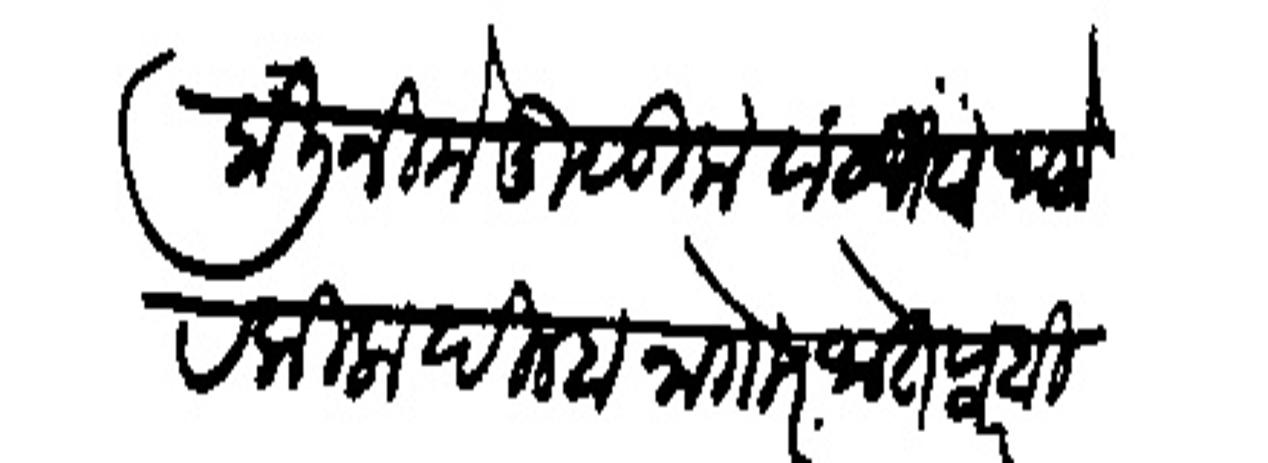
Transliteration (Devanagari): केली निमे मुळ्धूक बांटणी व जालोर किला दिल्हा नागोर जोतपूर बिजेसिगाकडे